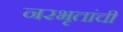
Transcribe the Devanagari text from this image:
नरभृतांची